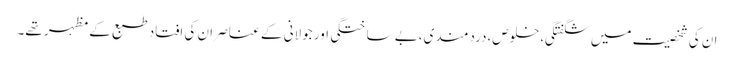
ان کی شخصیت میں شگفتگی،خلوص،دردمندی،بے ساختگی اور جولانی کے عناصر ان کی افتاد طبع کے مظہر تھے۔